Report of the Municipal Commissioner on the plague in Bombay for the year ending 31st May... - Volume 1
Disease focus: Plague
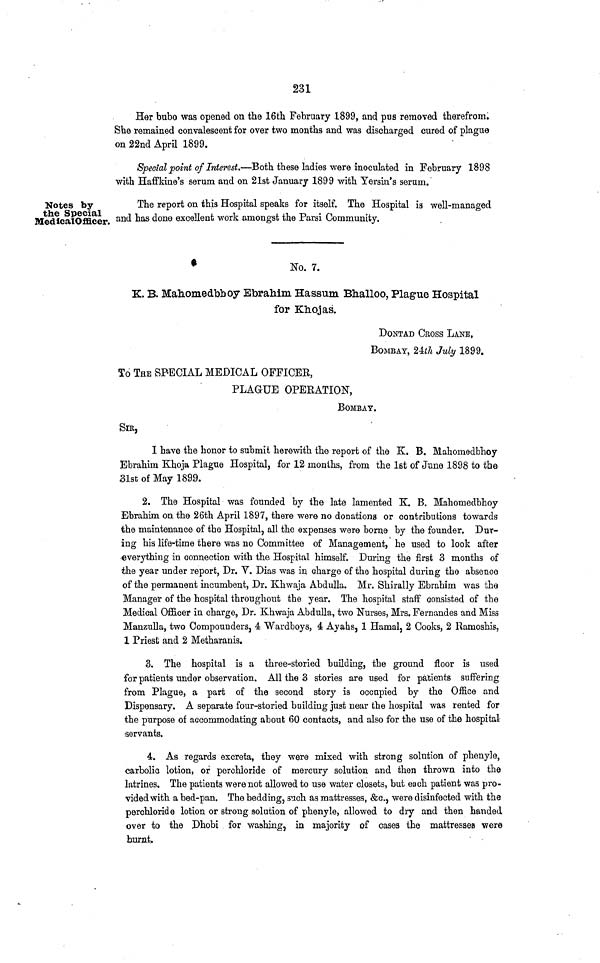
231
Her bubo was opened on the 16th February 1899, and pus removed therefrom.
She remained convalescent for over two months and was discharged cured of plague
on 22nd April 1899.
Special point of Interest.—Both these ladies were inoculated in February 1898
with Haffkine's serum and on 21st January 1899 with Yersin's serum.
Notes by
the Special
MedicalOfficer.
The report on this Hospital speaks for itself. The Hospital is well-managed
and has done excellent work amongst the Parsi Community.
No. 7.
K. B. Mahomedbhoy Ebrahim Hassum Bhalloo, Plague Hospital
for Khojas.
DONTAD CROSS LANE,
BOMBAY, 24th July 1899.
To THE SPECIAL MEDICAL OFFICER,
PLAGUE OPERATION,
BOMBAY.
SIR,
I have the honor to submit herewith the report of the K. B. Mahomedbhoy
Ebrahim Khoja Plague Hospital, for 12 months, from the 1st of June 1898 to the
31st of May 1899.
2. The Hospital was founded by the late lamented K. B. Mahomedbhoy
Ebrahim on the 26th April 1897, there were no donations or contributions towards
the maintenance of the Hospital, all the expenses were borne by the founder. Dur-
ing his life-time there was no Committee of Management, he used to look after
everything in connection with the Hospital himself. During the first 3 months of
the year under report, Dr. V. Dias was in charge of the hospital during the absence
of the permanent incumbent, Dr. Khwaja Abdulla. Mr. Shirally Ebrahim was the
Manager of the hospital throughout the year. The hospital staff consisted of the
Medical Officer in charge, Dr. Khwaja Abdulla, two Nurses, Mrs. Fernandes and Miss
Manzulla, two Compounders, 4 Wardboys, 4 Ayahs, 1 Hamal, 2 Cooks, 2 Ramoshis,
1 Priest and 2 Metharanis.
3. The hospital is a three-storied building, the ground floor is used
for patients under observation. All the 3 stories are used for patients suffering
from Plague, a part of the second story is occupied by the Office and
Dispensary. A separate four-storied building just near the hospital was rented for
the purpose of accommodating about 60 contacts, and also for the use of the hospital
servants.
4. As regards excreta, they were mixed with strong solution of phenyle,
carbolic lotion, or perchloride of mercury solution and then thrown into the
latrines. The patients were not allowed to use water closets, but each patient was pro-
vided with a bed-pan. The bedding, such as mattresses, &c., were disinfected with the
perchloride lotion or strong solution of phenyle, allowed to dry and then handed
over to the Dhobi for washing, in majority of cases the mattresses were
burnt.